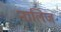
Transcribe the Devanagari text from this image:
नालिज